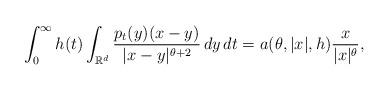
LaTeX: \begin{align*}\int_0^{\infty} h(t)\int_{\mathbb{R}^d}\frac{p_t(y)(x - y)}{|x - y|^{\theta + 2}}\,dy\,dt = a(\theta, |x|, h)\frac{x}{|x|^\theta},\end{align*}